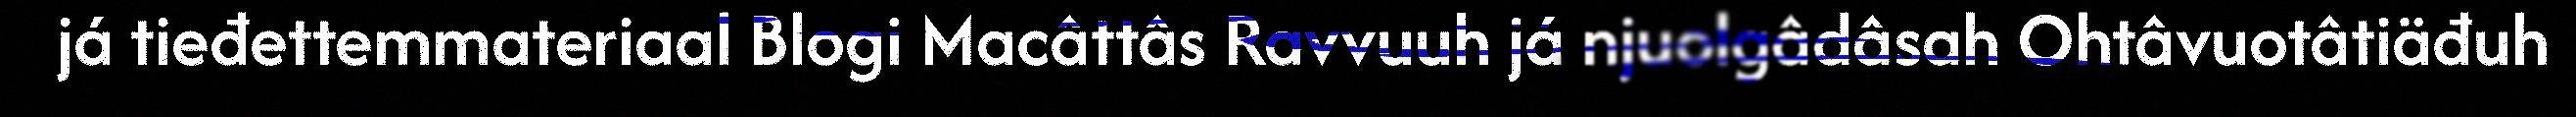
já tieđettemmateriaal Blogi Macâttâs Ravvuuh já njuolgâdâsah Ohtâvuotâtiäđuh